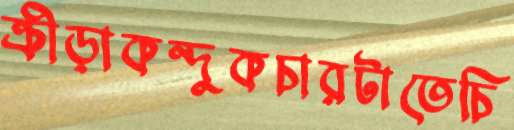
ক্রীড়াকন্দুকচারটাতেচি